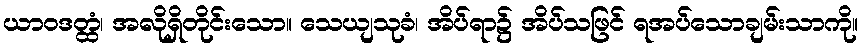
ယာဝဒတ္ထံ၊ အလိုရှိတိုင်းသော။ သေယျသုခံ၊ အိပ်ရာ၌ အိပ်သဖြင် ရအပ်သောချမ်းသာကို။